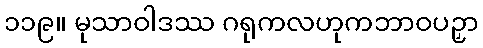
၁၁၉။ မုသာဝါဒဿ ဂရုကလဟုကဘာဝပဉှာ